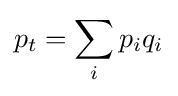
p_{t}=\sum _{i}{p_{i}q_{i}}